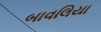
બાવલિયા